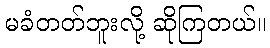
မခံတတ်ဘူးလို့ ဆိုကြတယ်။